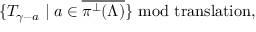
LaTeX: \{ { \cal T } _ { \gamma - a } \mid a \in \overline { { { \pi ^ { \perp } ( \Lambda ) } } } \} \mathrm { \ m o d ~ t r a n s l a t i o n } ,